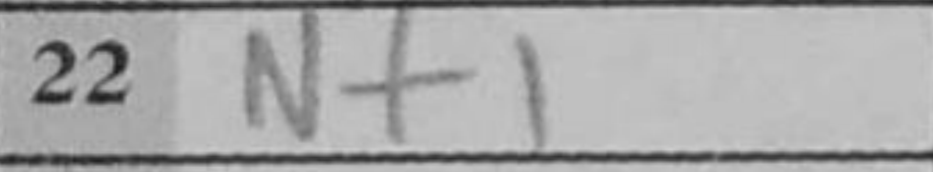
Transcription: Nf1